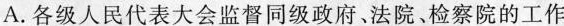
A.各级人民代表大会监督同级政府、法院、检察院的工作